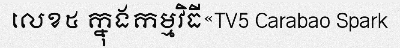
លេខ៥ ក្នុងកម្មវិធី«TV5 Carabao Spark